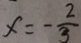
x = - \frac { 2 } { 3 }